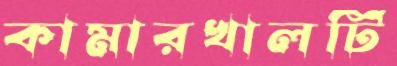
কামারখালটি